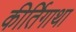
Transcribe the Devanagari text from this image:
कीर्तिगाथा